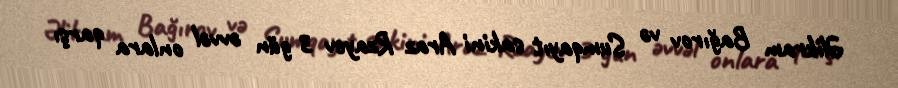
Əlikram Bağırov və Sumqayıt sakini Araz Rzayev 3 gün əvvəl onlara qarşı